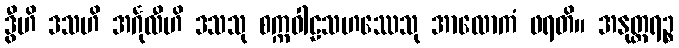
ဒွီဟိ ဒသဟိ အင်္ဂုလီဟိ ဒသသု စက္ကဝါဠသဟဿေသု အာလောကံ ဖရတိ။ အနုတ္တရဉ္စ